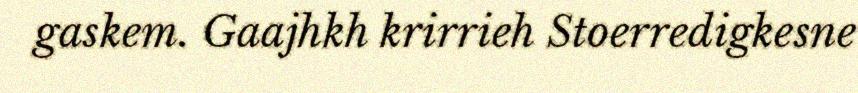
gaskem. Gaajhkh krirrieh Stoerredigkesne